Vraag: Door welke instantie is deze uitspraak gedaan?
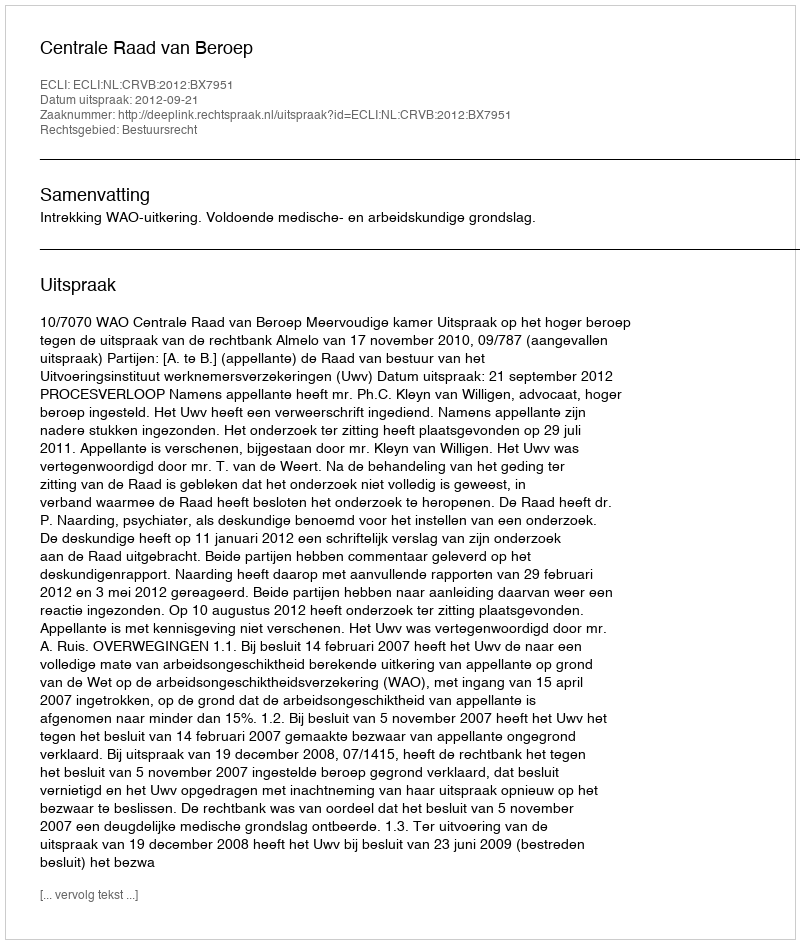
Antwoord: Centrale Raad van Beroep